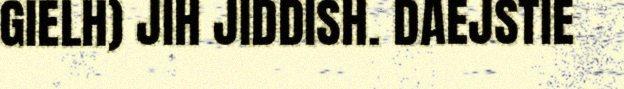
GIELH) JIH JIDDISH. DAEJSTIE